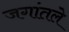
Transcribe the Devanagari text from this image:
जगांतले